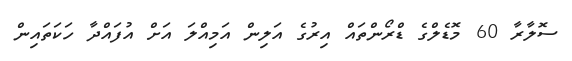
ސޮލާރާ 60 މޮޑެލްގެ ޑްރޯންތައް އިރުގެ އަލިން އަމިއްލަ އަށް އުފައްދާ ހަކަތައިން